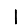
Digit: 1